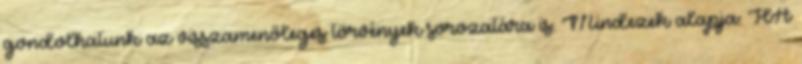
gondolhatunk az visszamenőleges törvények sorozatára is. Mindezek alapja: HA